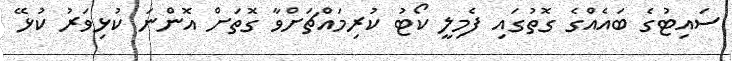
ސައިޓުގެ ބައެއްގެ ގޮތުގައި ފެމިލީ ކޯޓު ކުރިމައްޗަށްވާ ގޮތަށް އޮންނަ ކުޅިވަރު ކުޅޭ